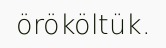
örököltük.